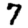
Digit: 7